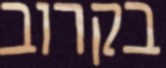
בקרוב